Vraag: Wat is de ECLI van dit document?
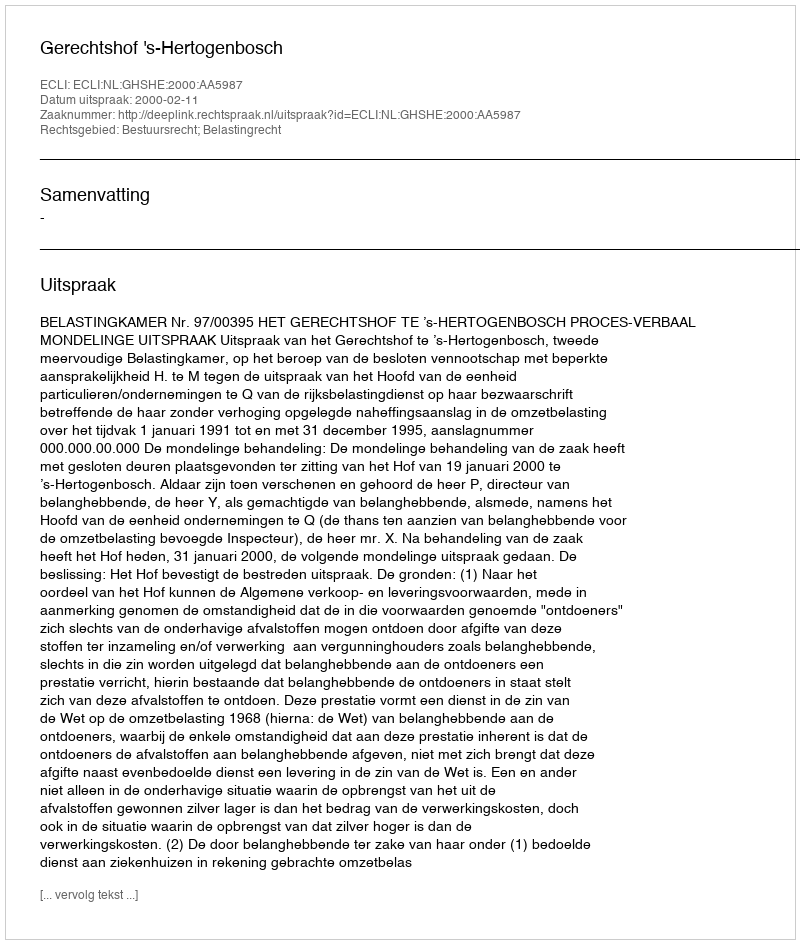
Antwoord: ECLI:NL:GHSHE:2000:AA5987